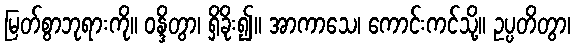
မြတ်စွာဘုရားကို။ ဝန္ဒိတွာ၊ ရှိခိုး၍။ အာကာသေ၊ ကောင်းကင်သို့။ ဥပ္ပတိတွာ၊